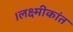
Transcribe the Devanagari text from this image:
।लक्ष्मीकांत